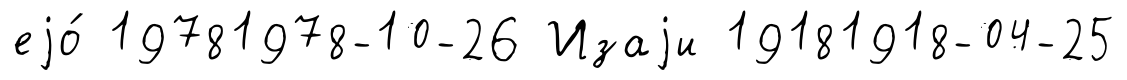
еjо́ 19781978-10-26 Изаjи 19181918-04-25